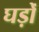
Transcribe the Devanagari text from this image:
घड़ोँ